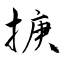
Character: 掶